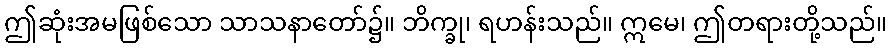
ဤဆုံးအမဖြစ်သော သာသနာတော်၌။ ဘိက္ခု၊ ရဟန်းသည်။ ဣမေ၊ ဤတရားတို့သည်။